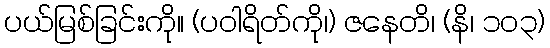
ပယ်မြစ်ခြင်းကို။ (ပဝါရိတ်ကို၊) ဇနေတိ၊ (နိ၊ ၁၀၃)